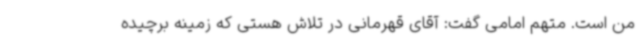
من است. متهم امامی گفت: آقای قهرمانی در تلاش هستی که زمینه برچیده